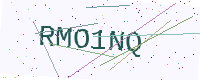
Text: RMO1NQ